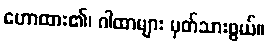
ဟောထား၏၊ ဂါထာများ မှတ်သားဖွယ်။